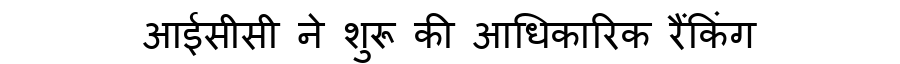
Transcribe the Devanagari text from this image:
आईसीसी ने शुरू की आधिकारिक रैंकिंग